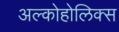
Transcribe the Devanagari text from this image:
अल्कोहोलिक्स